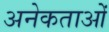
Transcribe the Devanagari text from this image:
अनेकताओं